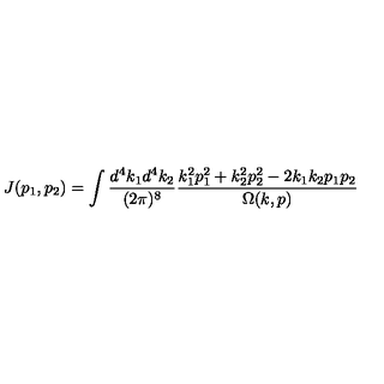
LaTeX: J ( p _ { 1 } , p _ { 2 } ) = \int \frac { d ^ { 4 } k _ { 1 } d ^ { 4 } k _ { 2 } } { ( 2 \pi ) ^ { 8 } } \frac { k _ { 1 } ^ { 2 } p _ { 1 } ^ { 2 } + k _ { 2 } ^ { 2 } p _ { 2 } ^ { 2 } - 2 k _ { 1 } k _ { 2 } p _ { 1 } p _ { 2 } } { \Omega ( k , p ) }